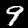
Digit: 9